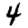
Digit: 4